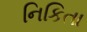
નિકિતા